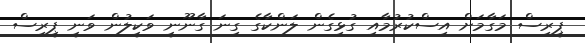
ޕީރިސް މަގާމަށް އިސްކުރުމާއި ގުޅިގެން ލަންކާގެ ގިނަ ގާނޫނީ ވަކީލުން ވަނީ ޕީރިސް